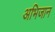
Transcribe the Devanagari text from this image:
अभिजान